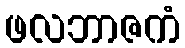
ဖလဘာဇကံ